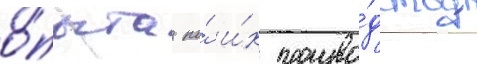
о́пыта по́ и́х произво́дству